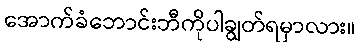
အောက်ခံဘောင်းဘီကိုပါချွတ်ရမှာလား။